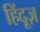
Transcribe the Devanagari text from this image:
हिंदूज़